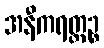
အနီကရတ္တဉ္စ